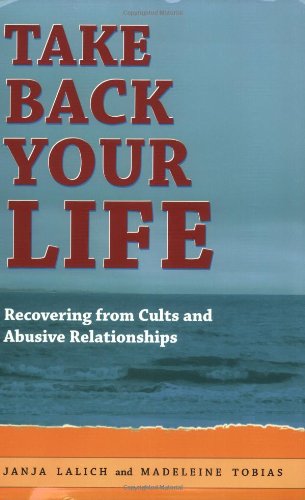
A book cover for Take Back Your Life: Recovering from Cults and Abusive Relationships; Janja Lalich; Religion & Spirituality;